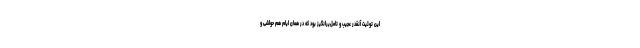
این توئیت آنقدر عجیب و تامل‌برانگیز بود که در همان ایام هم حواشی و